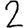
Digit: 2